Indian journal of veterinary science and animal husbandry - Volumes 26-27, 1956-1957
Year: 1956
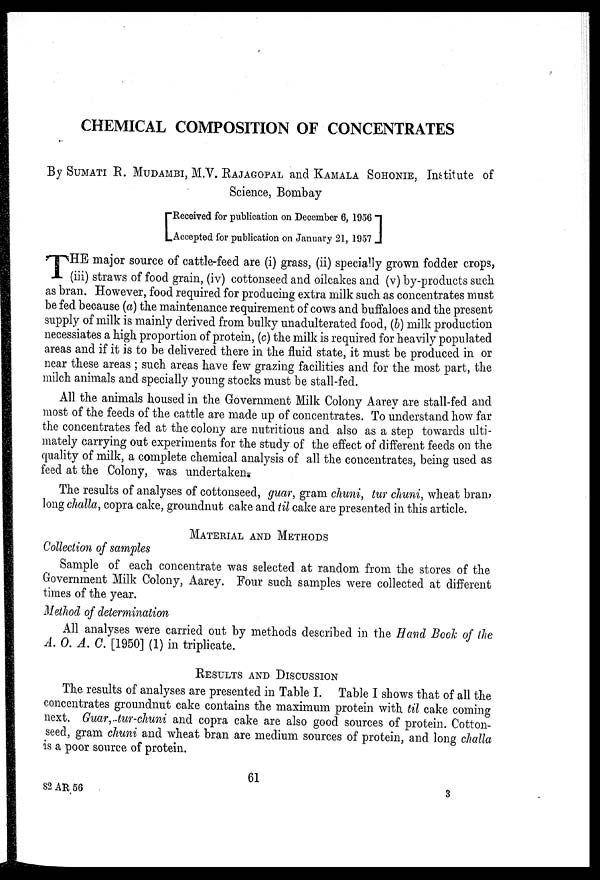
CHEMICAL COMPOSITION OF CONCENTRATES
By SUMATI E. MUDAMBI, M.V. RAJAGOPAL and KAMALA SOHONIE, Institute of
Science, Bombay
[ Received for publication on December 6, 1956
Accepted for publication on January 21, 1957]
T HE major source of cattle-feed are (i) grass, (ii) specially grown fodder crops,
(iii) straws of food grain, (iv) cottonseed and oilcakes and (v) by-products such
as bran. However, food required for producing extra milk such as concentrates must
be fed because (a) the maintenance requirement of cows and buffaloes and the present
supply of milk is mainly derived from bulky unadulterated food, (b) milk production
necessiates a high proportion of protein, (c) the milk is required for heavily populated
areas and if it is to be delivered there in the fluid state, it must be produced in or
near these areas ; such areas have few grazing facilities and for the most part, the
milch animals and specially young stocks must be stall-fed.
All the animals housed in the Government Milk Colony Aarey are stall-fed and
most of the feeds of the cattle are made up of concentrates. To understand how far
the concentrates fed at the colony are nutritious and also as a step towards ulti-
mately carrying out experiments for the study of the effect of different feeds on the
quality of milk, a complete chemical analysis of all the concentrates, being used as
feed at the Colony, was undertaken.
The results of analyses of cottonseed, guar, gram chuni, tur chuni, wheat bran,
long challa, copra cake, groundnut cake and til cake are presented in this article.
MATERIAL AND METHODS
Collection of samples
Sample of each concentrate was selected at random from the stores of the
Government Milk Colony, Aarey. Four such samples were collected at different
times of the year.
Method of determination
All analyses were carried out by methods described in the Hand Book of the
A. O. A. C. [1950] (1) in triplicate.
RESULTS AND DISCUSSION
The results of analyses are presented in Table I. Table I shows that of all the
concentrates groundnut cake contains the maximum protein with til cake coming
next. Guar,tur-chuni and copra cake are also good sources of protein. Cotton-
seed, gram chuni and wheat bran are medium sources of protein, and long challa
is a poor source of protein.
61
82 AR
56
3